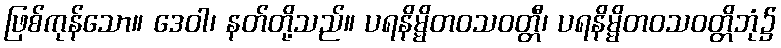
ဖြစ်ကုန်သော။ ဒေဝါ၊ နတ်တို့သည်။ ပရနိမ္မိတဝသဝတ္တီ၊ ပရနိမ္မိတဝသဝတ္တိဘုံ၌